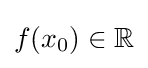
f(x_{0})\in \mathbb {R}